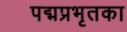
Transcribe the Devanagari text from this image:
पद्मप्रभृतका